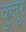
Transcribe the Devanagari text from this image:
कुतूर